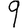
Digit: 9